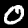
Digit: 0